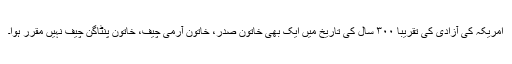
امریکہ کی آزادی کی تقریباً ۳۰۰ سال کی تاریخ میں ایک بھی خاتون صدر، خاتون آرمی چیف، خاتون پنٹاگن چیف نہیں مقرر ہوا۔